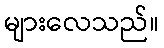
များလေသည်။